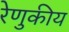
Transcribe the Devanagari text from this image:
रेणुकीय